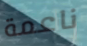
ناعمة